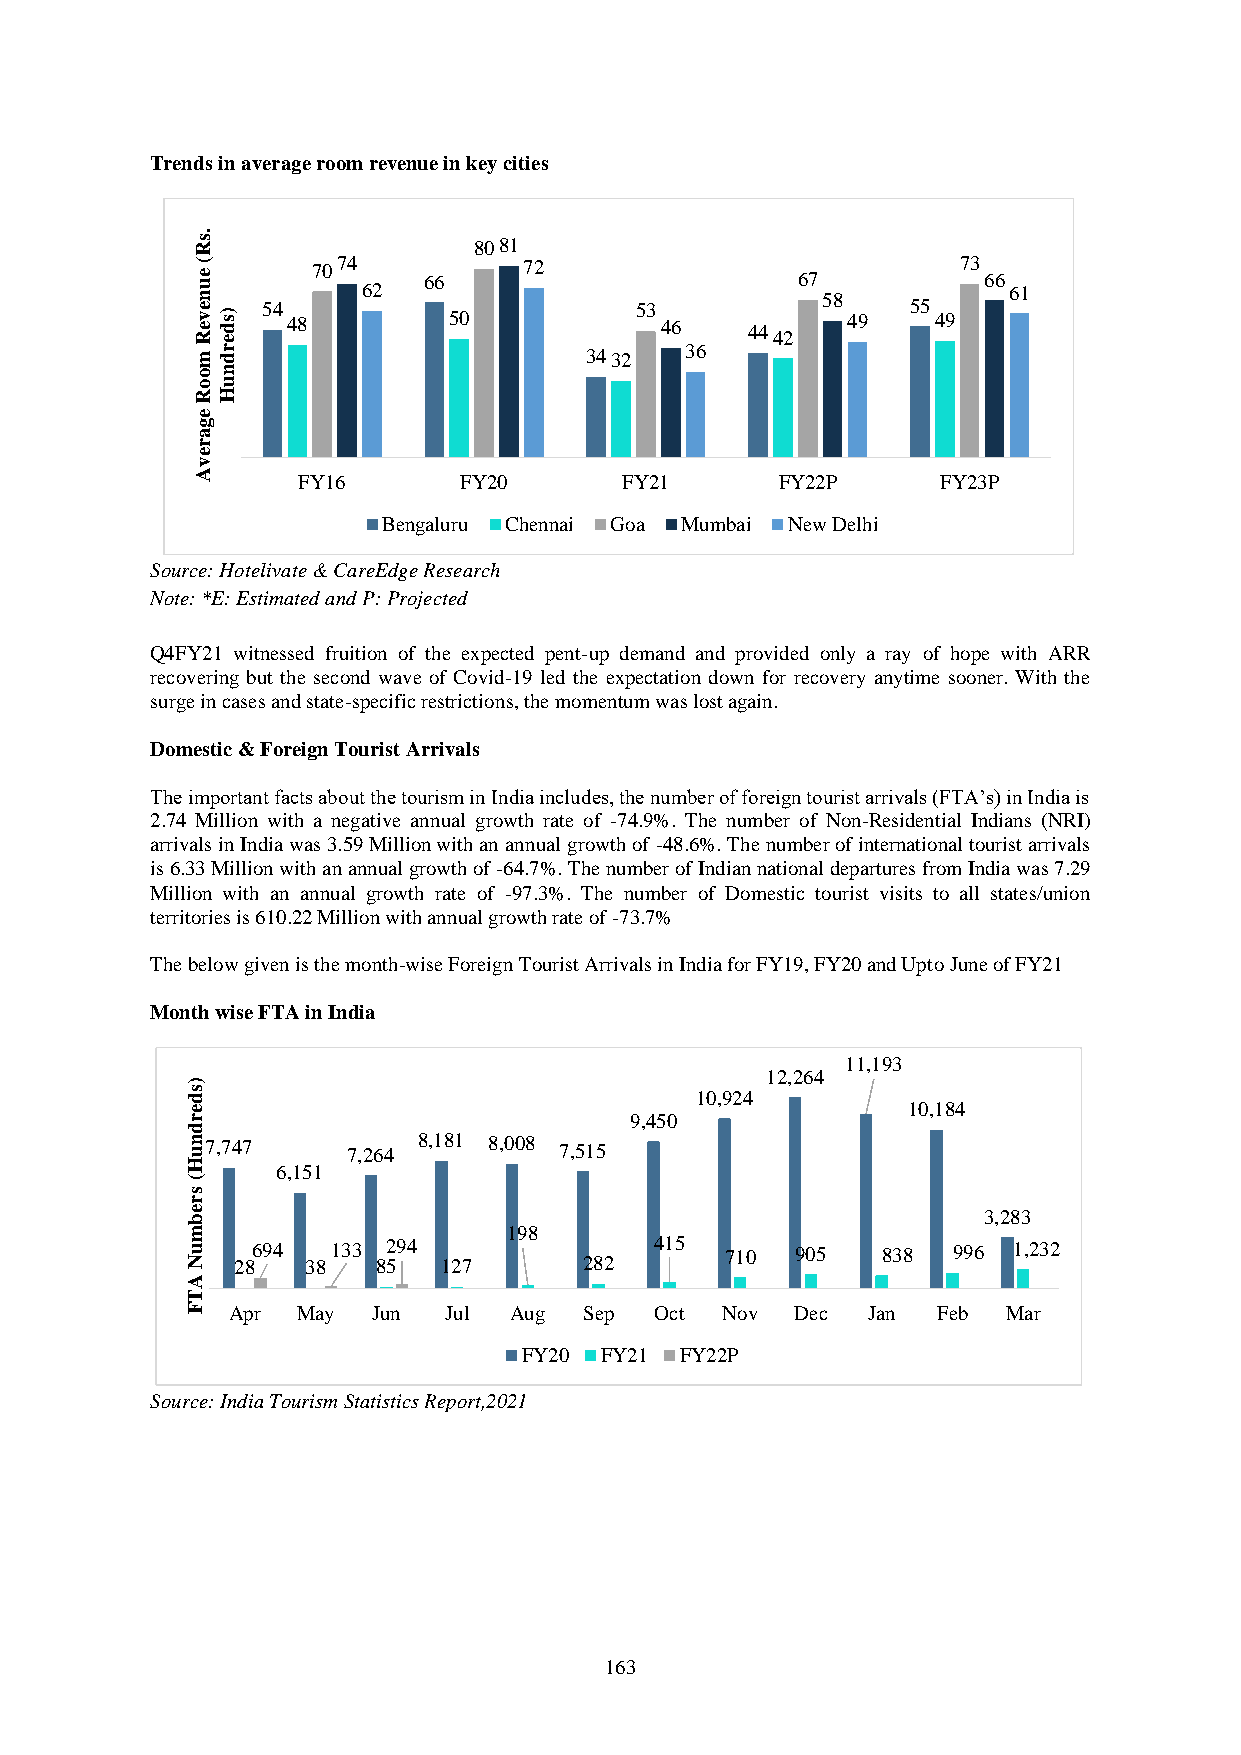
Trends in average room revenue in key cities
 .s
 R                 8081
 (
 e u n e v e R) s d
 e
 54
 487074
 62  66 50
 72
 53 46   444267 58 49 55
 4973
 66 61
 mr d                      3432  36
 on
 ou
 RH
 e
 g
 a
 r
 e
 v
 A      FY16      FY20       FY21       FY22P     FY23P
 Bengaluru Chennai Goa Mumbai New Delhi
 Source: Hotelivate & CareEdge Research
 Note: *E: Estimated and P: Projected
 Q4FY21 witnessed fruition of the expected pent-up demand and provided only a ray of hope with ARR
 recovering but the second wave of Covid-19 led the expectation down for recovery anytime sooner. With the
 surge in cases and state-specific restrictions, the momentum was lost again.
 Domestic & Foreign Tourist Arrivals
 The important facts about the tourism in India includes, the number of foreign tourist arrivals (FTA’s) in India is
 2.74 Million with a negative annual growth rate of -74.9%. The number of Non-Residential Indians (NRI)
 arrivals in India was 3.59 Million with an annual growth of -48.6%. The number of international tourist arrivals
 is 6.33 Million with an annual growth of -64.7%. The number of Indian national departures from India was 7.29
 Million with an annual growth rate of -97.3%. The number of Domestic tourist visits to all states/union
 territories is 610.22 Million with annual growth rate of -73.7%
 The below given is the month-wise Foreign Tourist Arrivals in India for FY19, FY20 and Upto June of FY21
 Month wise FTA in India
 11,193
 12,264
 )
 s d                               10,924
 e                                               10,184
 r                             9,450
 d
 n u7,747   7,264 8,181 8,008 7,515
 H     6,151
 (
 s
 r
 e b                                                  3,283
 m                     198
 u N 28694 38133 82 594 127 282 415  710  905  838  996 1,232
 A
 T
 F  Apr  May  Jun Jul  Aug  Sep Oct  Nov  Dec Jan  Feb  Mar
 FY20 FY21 FY22P
 Source: India Tourism Statistics Report,2021
 163